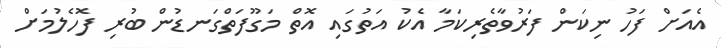
އެއަށް ފަހު ނިކަން ފަރުވާތެރިކަމާ އެކު އަތުގައި އޮތް މަގޫފަތްގަނޑުން ބުރި ފޮހެލުމަށް